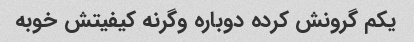
یکم گرونش کرده دوباره وگرنه کیفیتش خوبه